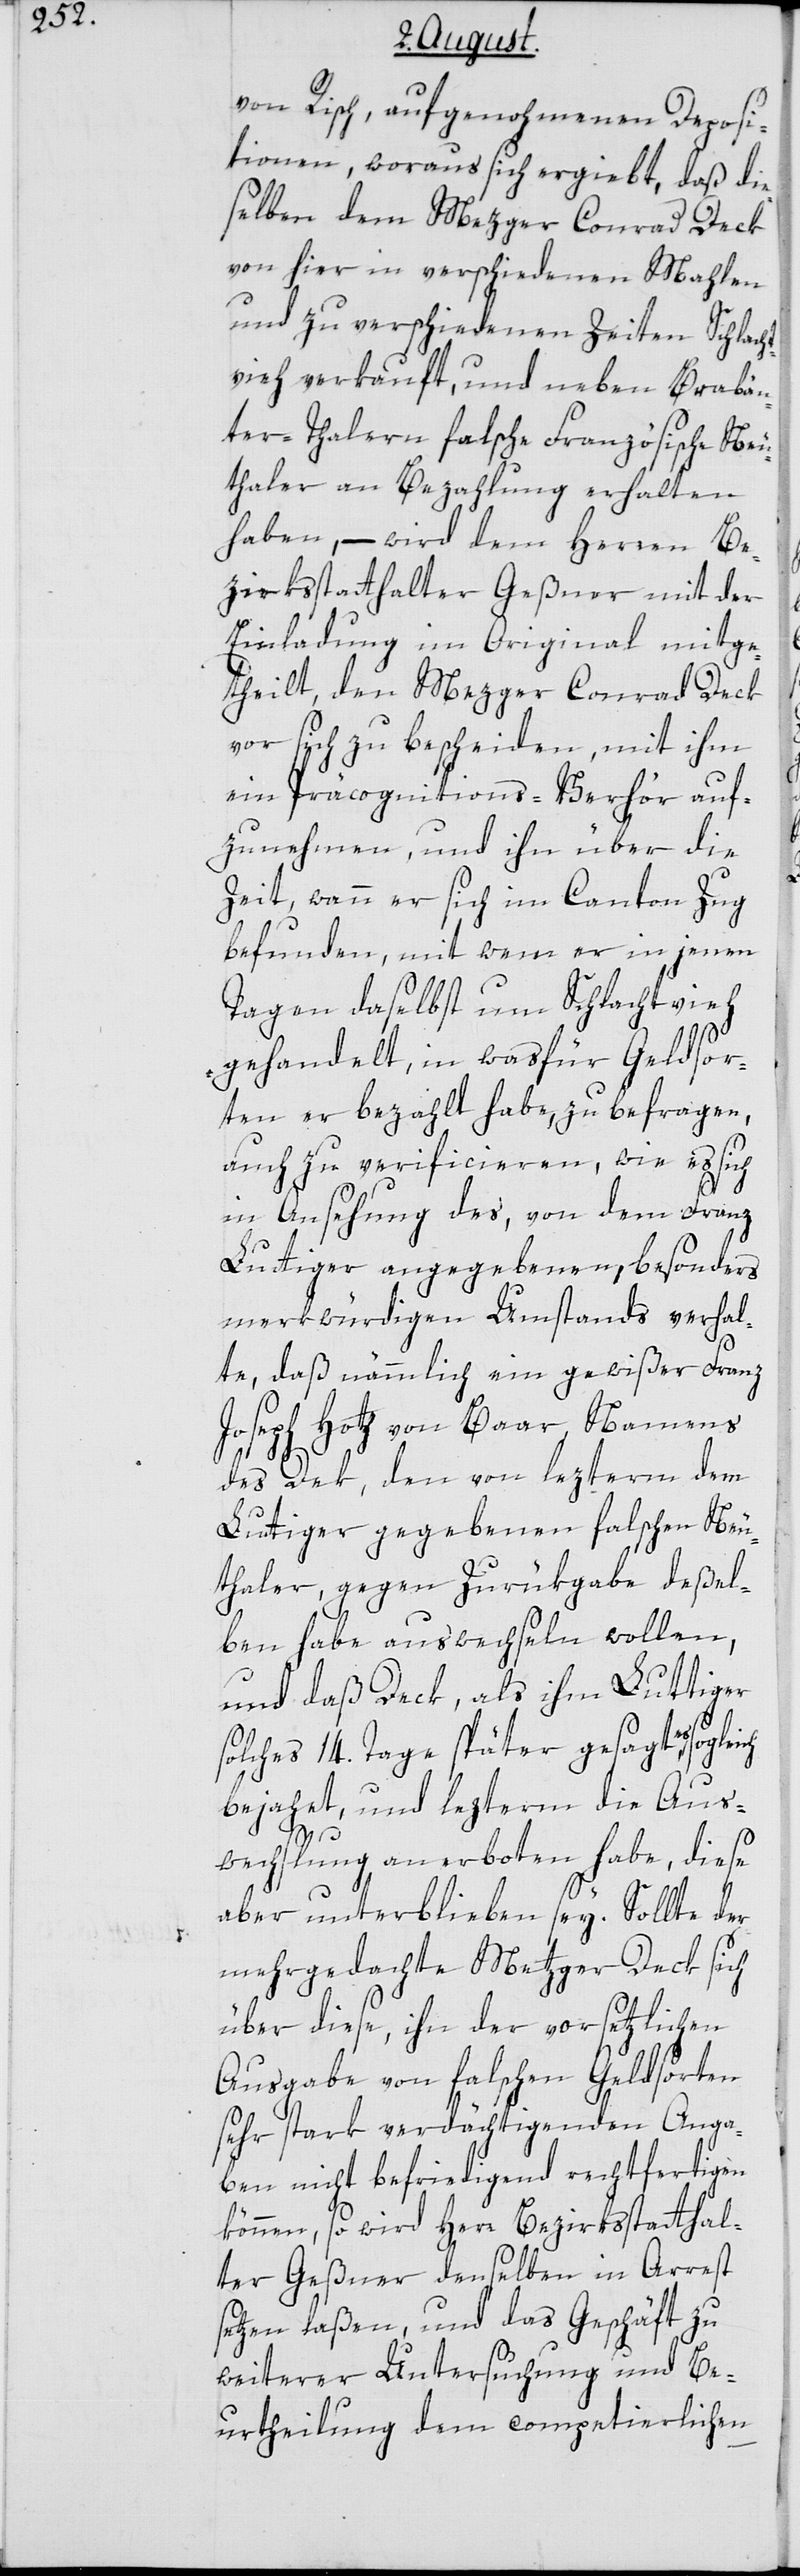
von Risch, aufgenohmenen Deposi¬
tionen, woraus sich ergiebt, daß die
selben dem Mezger Conrad Deck
von hier in verschiedenen Mahlen
und zu verschiedenen Zeiten Schlacht¬
vieh verkauft, und neben Brabän¬
ter-Thalern falsche Französische Neu¬
thaler an Bezahlung erhalten
haben, – wird dem Herren Be¬
zirksstatthalter Geßner mit der
Einladung im Original mitge¬
theilt, den Mezger Conrad Deck
vor sich zu bescheiden, mit ihm
ein Präcognitions-Verhör auf¬
zunehmen, und ihn über die
Zeit, wann er sich im Canton Zug
befunden, mit wem er in jenen
Tagen daselbst um Schlachtvieh
gehandelt, in was für Geldsor¬
ten er bezahlt habe, zu befragen,
auch zu verificieren, wie es sich
in Ansehung des, von dem Franz
Luttiger angegebenen, besonders
merkwürdigen Umstands verhal¬
te, daß nämmlich ein gewißer Franz
Joseph Hotz von Baar, Namens
des Dek, den von lezterm dem
Luttiger gegebenen falschen Neu¬
thaler, gegen Zurükgabe deßel¬
ben habe auswechseln wollen,
und daß Deck, als ihm Luttiger
solches 14. Tage später gesagt, es
bejahet, und lezterm die Aus¬
wechslung anerboten habe, diese
aber unterblieben sey. Sollte der
mehrgedachte Metzger Deck sich
über diese, ihn der vorsätzlichen
Ausgabe von falschen Geldsorten
sehr stark verdächtigenden Anga¬
ben nicht befriedigend rechtfertigen
können, so wird Herr Bezirksstatthal¬
ter Geßner denselben in Arrest
setzen laßen, und das Geschäft zu
weiterer Untersuchung und Be¬
urtheilung dem competierlichen